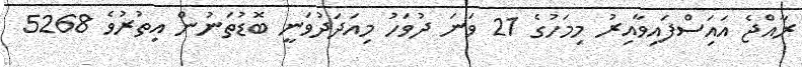
ރާއްޖެ އައަިސްފައިވާއިރު މިމަހުގެ 21 ވަނަ ދުވަހު މިއަދަދުވަނީ ބޮޑުތަނުން އިތުރުވެ 5268